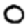
Digit: 0